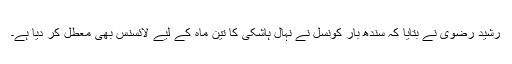
رشید رضوی نے بتایا کہ سندھ بار کونسل نے نہال ہاشکی کا تین ماہ کے لیے لائسنس بھی معطل کر دیا ہے۔